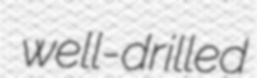
well-drilled